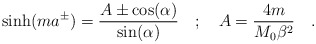
\begin{align*}\sinh (ma^{\pm })=\frac{A\pm \cos (\alpha )}{\sin (\alpha )}\quad ;\quad A=\frac{4m}{M_{0}\beta ^{2}}\quad .\end{align*}